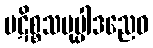
ပဋိစ္စသမုပ္ပါဒညေဝ